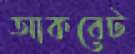
আকবেট